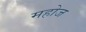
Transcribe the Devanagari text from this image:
महोज